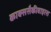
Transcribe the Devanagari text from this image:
काक्ससैकीवाइरस